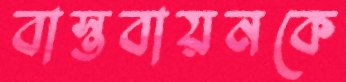
বাস্তবায়নকে